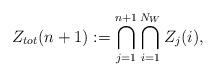
LaTeX: \begin{align*}Z_{tot}(n+1) := \bigcap_{j=1}^{n+1} \bigcap_{i=1}^{N_W} Z_j(i),\end{align*}